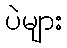
ပဲများ